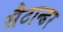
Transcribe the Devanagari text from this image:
सैटान्डर